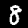
Label: 8